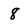
Character: 8